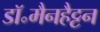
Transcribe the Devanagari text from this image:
डॉ॰मैनहैट्टन